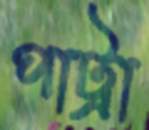
পাট্রা